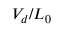
V _ { d } / L _ { 0 }